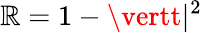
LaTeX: \mathbb{R}=1-\vertt\vert^{2}